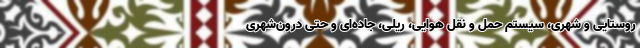
روستایی و شهری، سیستم حمل و نقل هوایی، ریلی، جاده‌ای و حتی درون‌شهری